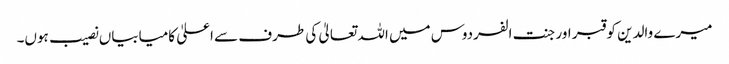
میرے والدین کو قبر اور جنت الفردوس میں اللہ تعالیٰ کی طرف سے اعلیٰ کامیابیاں نصیب ہوں۔